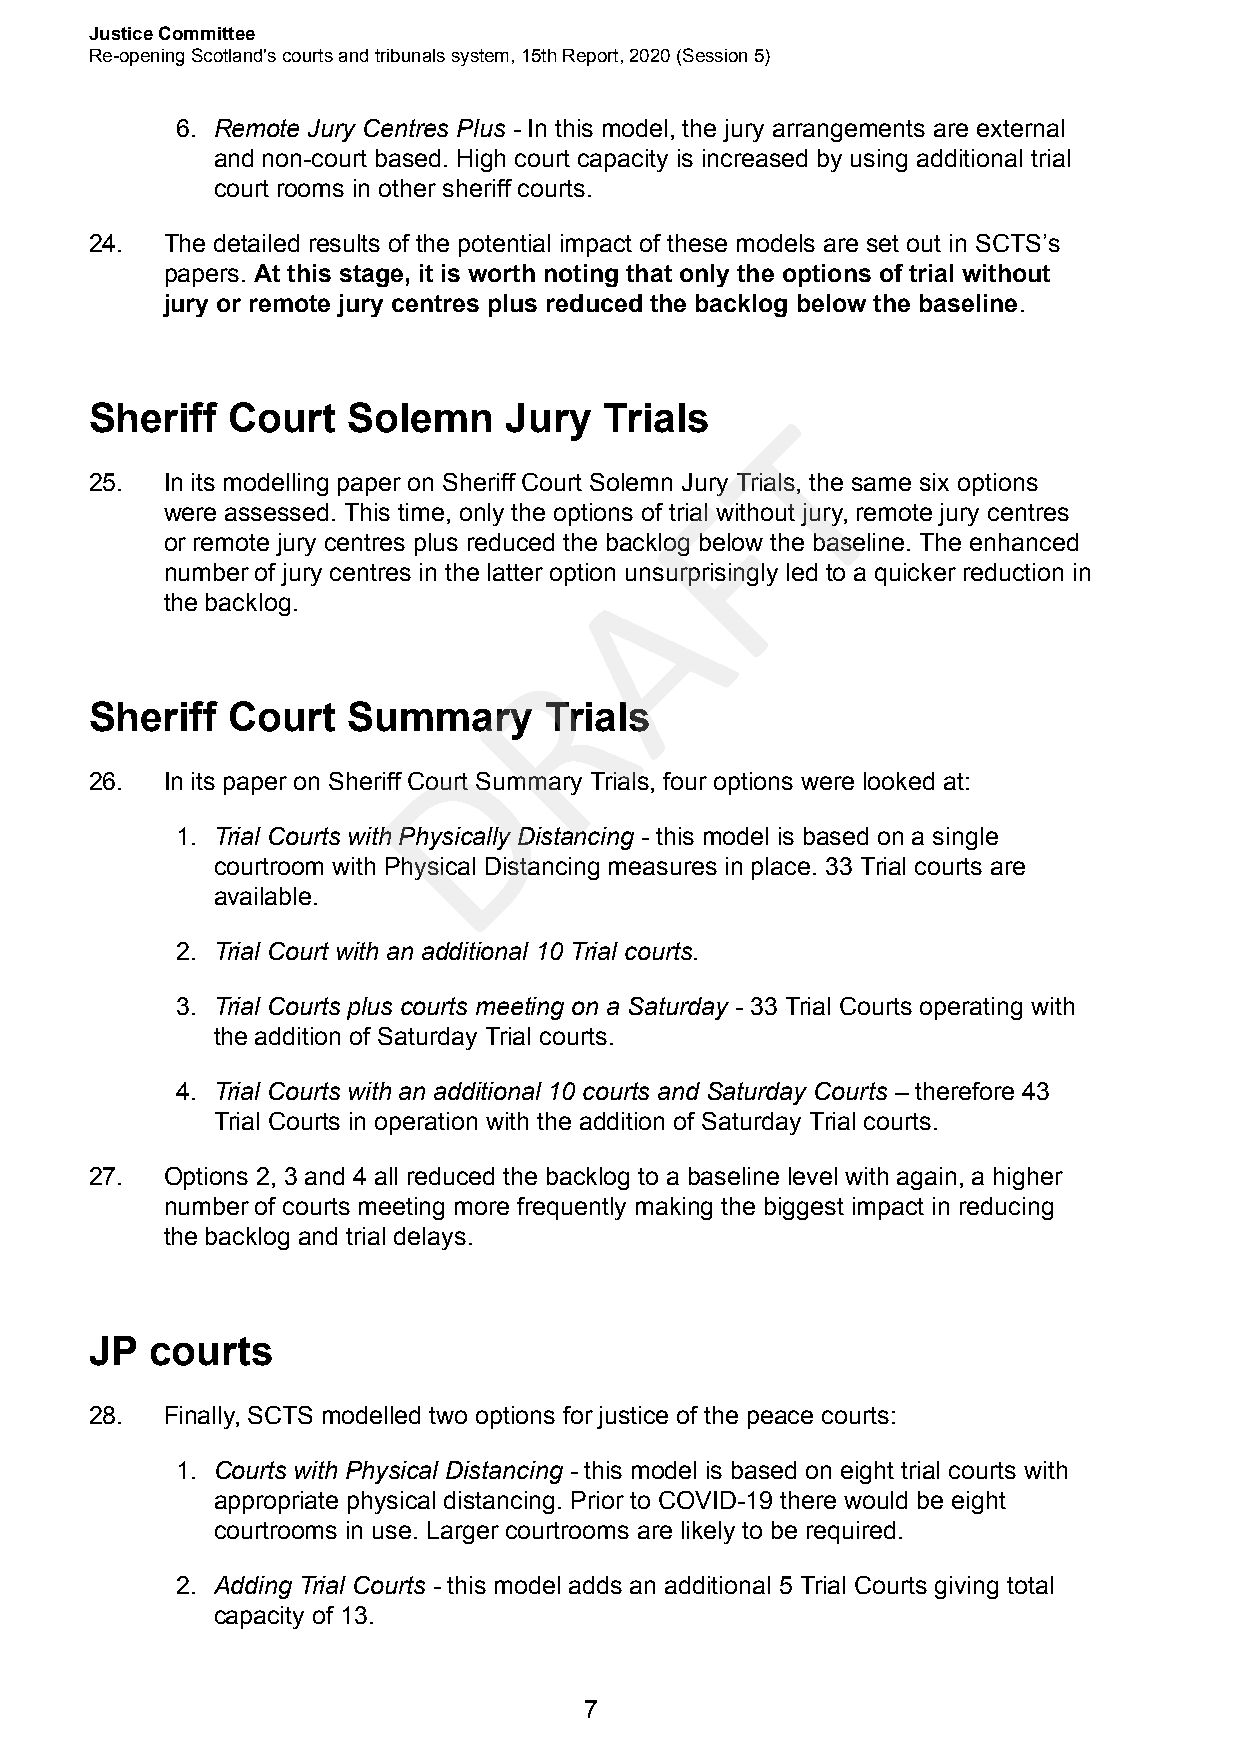
Justice Committee
 Re-opening Scotland's courts and tribunals system, 15th Report, 2020 (Session 5)
 6. Remote Jury Centres Plus - In this model, the jury arrangements are external
 and non-court based. High court capacity is increased by using additional trial
 court rooms in other sheriff courts.
 24.  The detailed results of the potential impact of these models are set out in SCTS’s
 papers. At this stage, it is worth noting that only the options of trial without
 jury or remote jury centres plus reduced the backlog below the baseline.
 Sheriff  Court   Solemn    Jury   Trials     T
 25.  In its modelling paper on Sheriff Court Solemn Jury Trials, the same six options
 F
 were assessed. This time, only the options of trial without jury, remote jury centres
 or remote jury centres plus reduced the backlog below the baseline. The enhanced
 A
 number of jury centres in the latter option unsurprisingly led to a quicker reduction in
 the backlog.
 R
 Sheriff  Court   Summary      Trials
 D
 26.  In its paper on Sheriff Court Summary Trials, four options were looked at:
 1. Trial Courts with Physically Distancing - this model is based on a single
 courtroom with Physical Distancing measures in place. 33 Trial courts are
 available.
 2. Trial Court with an additional 10 Trial courts.
 3. Trial Courts plus courts meeting on a Saturday - 33 Trial Courts operating with
 the addition of Saturday Trial courts.
 4. Trial Courts with an additional 10 courts and Saturday Courts – therefore 43
 Trial Courts in operation with the addition of Saturday Trial courts.
 27.  Options 2, 3 and 4 all reduced the backlog to a baseline level with again, a higher
 number of courts meeting more frequently making the biggest impact in reducing
 the backlog and trial delays.
 JP  courts
 28.  Finally, SCTS modelled two options for justice of the peace courts:
 1. Courts with Physical Distancing - this model is based on eight trial courts with
 appropriate physical distancing. Prior to COVID-19 there would be eight
 courtrooms in use. Larger courtrooms are likely to be required.
 2. Adding Trial Courts - this model adds an additional 5 Trial Courts giving total
 capacity of 13.
 7